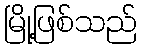
မြို့ဖြစ်သည်